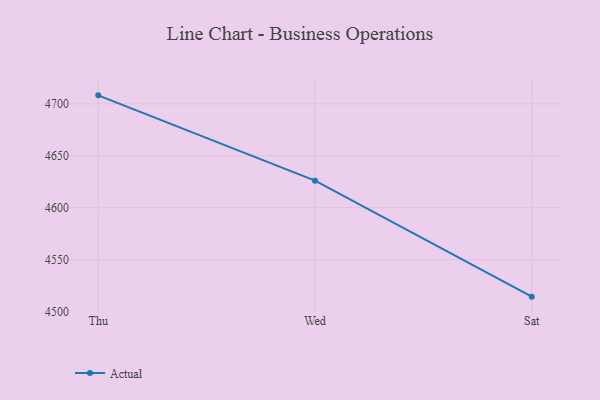
{"axis": {"x": "Day", "y": "Page Views"}, "legend": ["Actual"], "data": [{"x": "Thu", "y": 4708.2, "type": "Actual"}, {"x": "Wed", "y": 4626.1, "type": "Actual"}, {"x": "Sat", "y": 4514.5, "type": "Actual"}]}